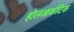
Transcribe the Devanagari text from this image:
होलआर्कटिक